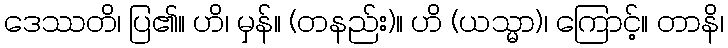
ဒေဿတိ၊ ပြ၏။ ဟိ၊ မှန်။ (တနည်း)။ ဟိ (ယသ္မာ)၊ ကြောင့်။ တာနိ၊